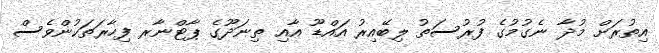
އިތުރަށް މުދާ ނެގުމުގެ ފުރުސަތު ލިބޭއިރު އައްޑޫ އާއި ތިނަދޫގެ ޕާޓްނާރ ފިހާރަތަކުންވެސް